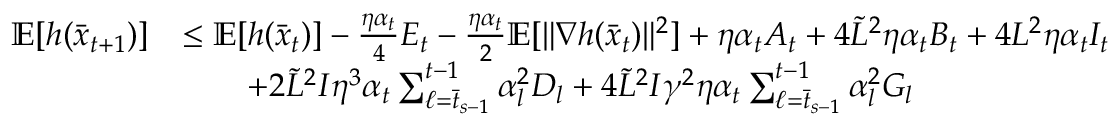
\begin{array} { r l } { \mathbb { E } [ h ( \bar { x } _ { t + 1 } ) ] } & { \leq \mathbb { E } [ h ( \bar { x } _ { t } ) ] - \frac { \eta \alpha _ { t } } { 4 } E _ { t } - \frac { \eta \alpha _ { t } } { 2 } \mathbb { E } [ \| \nabla h ( \bar { x } _ { t } ) \| ^ { 2 } ] + \eta \alpha _ { t } A _ { t } + 4 \tilde { L } ^ { 2 } \eta \alpha _ { t } B _ { t } + 4 L ^ { 2 } \eta \alpha _ { t } I _ { t } } \\ & { \qquad + 2 \tilde { L } ^ { 2 } I \eta ^ { 3 } \alpha _ { t } \sum _ { \ell = \bar { t } _ { s - 1 } } ^ { t - 1 } \alpha _ { l } ^ { 2 } D _ { l } + 4 \tilde { L } ^ { 2 } I \gamma ^ { 2 } \eta \alpha _ { t } \sum _ { \ell = \bar { t } _ { s - 1 } } ^ { t - 1 } \alpha _ { l } ^ { 2 } G _ { l } } \end{array}